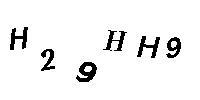
H29HH9